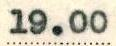
19.00